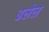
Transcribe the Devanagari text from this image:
ढलेल